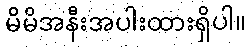
မိမိအနီးအပါးထားရှိပါ။